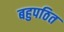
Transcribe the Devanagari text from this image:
बहुपठित